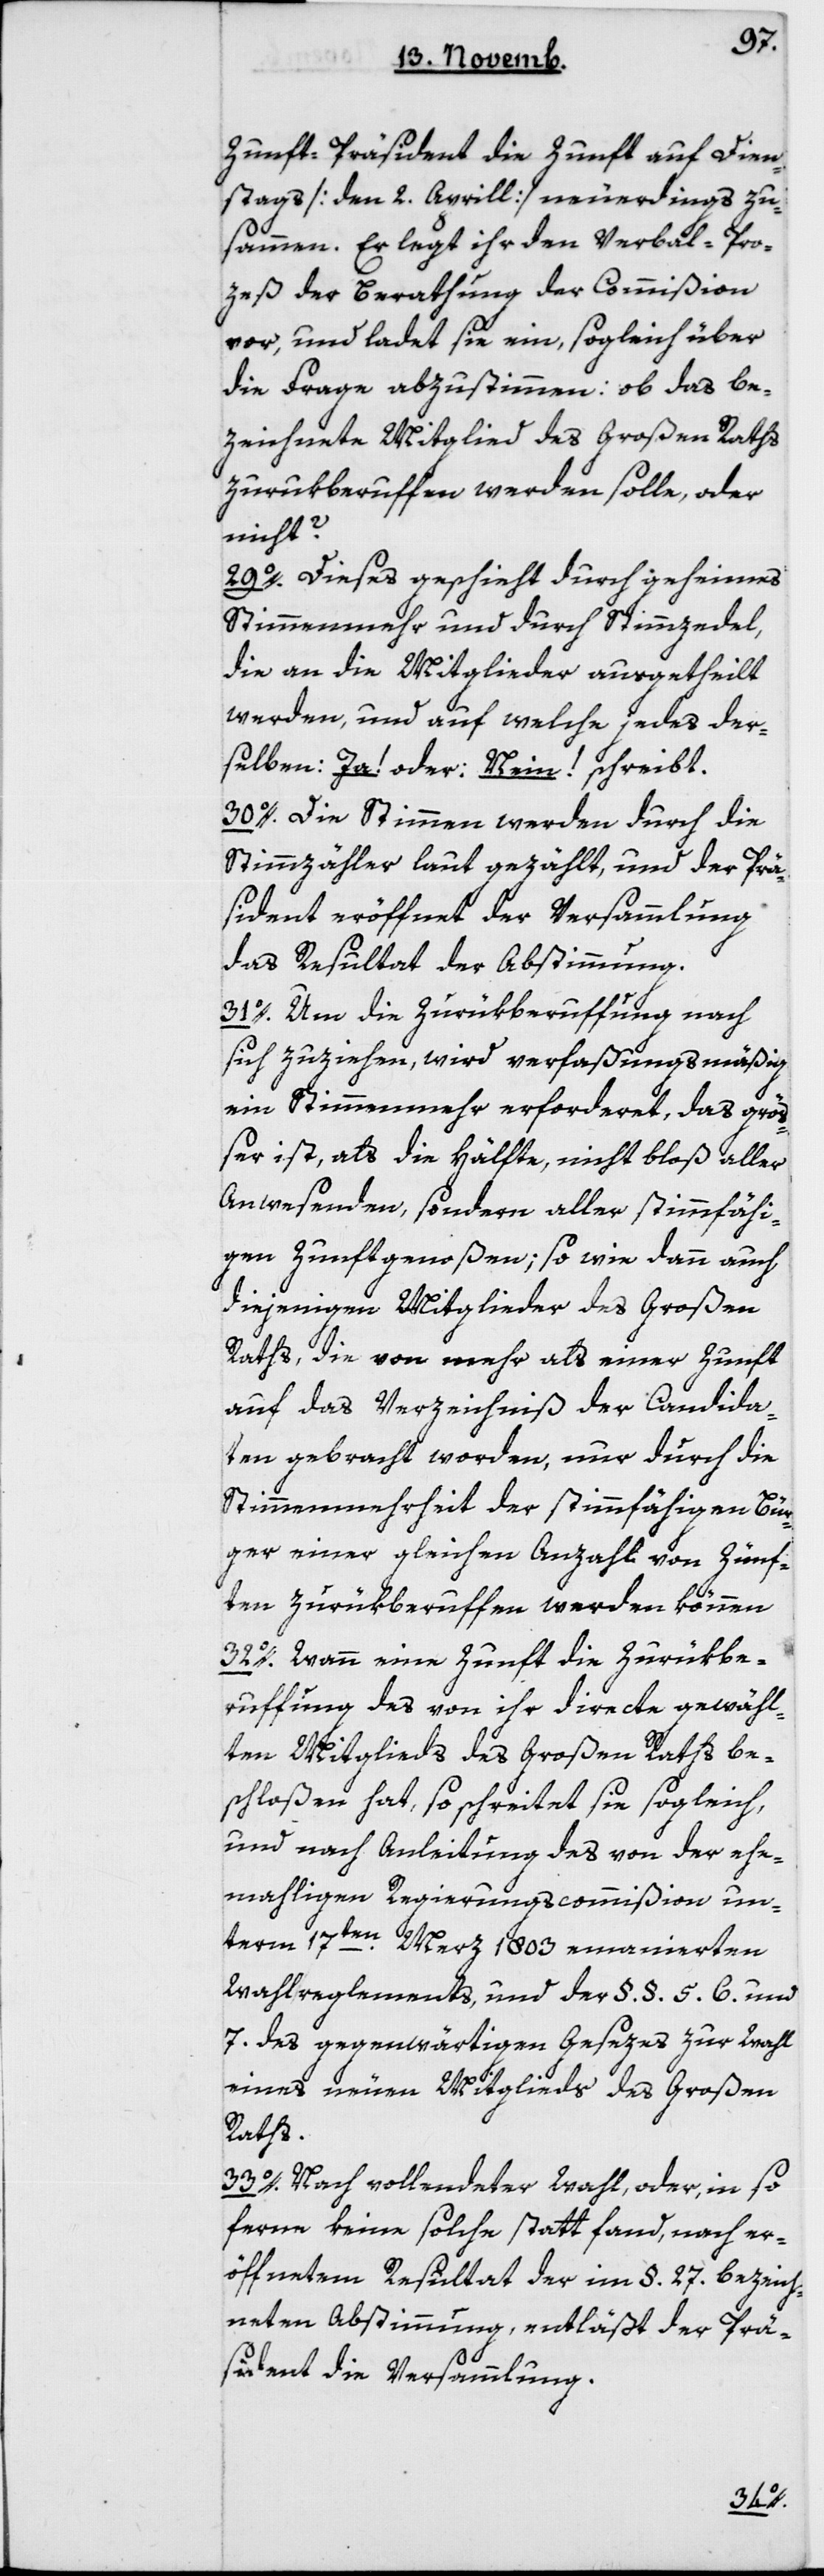
Zunftpräsident die Zunft auf Dien¬
stag [den 2 Aprill] neuerdings zu¬
sammen. Er legt ihr den Verbal- Pro¬
zeß der Berathung der Commißion
vor und ladet sie ein, sogleich über
die Frage abzustimmen, ob das be¬
zeichnete Mitglied des Großen Raths
zurükberuffen werden solle oder
nicht?
29. Dieses geschieht durch geheimes
Stimmenmehr und durch Stimmzedel,
die an die Mitglieder ausgetheilt
werden, und auf welche jedes der¬
selben „Ja!“ oder „Nein!“ schreibt.
30. Die Stimmen werden durch die
Stimmzähler laut gezählt, und der Prä¬
sident eröffnet der Versammlung
das Resultat der Abstimmung.
31. Um die Zurükberuffung nach
sich zu ziehen, wird verfaßungsmäßig
ein Stimmenmehr erforderet, das größ¬
er ist als die Hälfte, nicht bloß aller
Anwesenden, sondern aller stimmfähi¬
gen Zunftgenoßen; so wie dann auch
diejenigen Mitglieder des großen
Raths, die von mehr als einer Zunft
auf das Verzeichniß der Candida¬
ten gebracht worden, nur durch die
Stimmenmehrheit der stimmfähigen Bür¬
ger einer gleichen Anzahl von Zünf¬
ten zurükberuffen werden können.
32. Wann eine Zunft die Zurükbe¬
rufung des von ihr directe gewähl¬
ten Mitglieds des Großen Raths be¬
schloßen hat, so schreitet sie sogleich,
und nach Anleitung des von der ehe¬
maligen Regierungscommißion un¬
term 17ten Merz 1803 emanierten
Wahlreglements, und der §§ 5, 6 und
7 des gegenwärtigen Gesezes zur Wahl
eines neuen Mitglieds des Großen
Raths.
33. Nach vollendeter Wahl, oder, in so
ferne keine solche stattfand, nach er¬
öffnetem Resultat der im § 27 bezeich¬
neten Abstimmung, entläßt der Prä¬
sident die Versammlung.